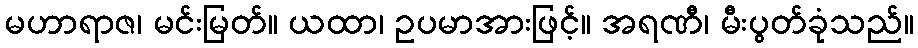
မဟာရာဇ၊ မင်းမြတ်။ ယထာ၊ ဥပမာအားဖြင့်။ အရဏီ၊ မီးပွတ်ခုံသည်။